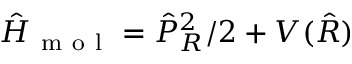
\hat { H } _ { \mathrm { ~ m ~ o ~ l ~ } } = \hat { P } _ { R } ^ { 2 } / 2 + V ( \hat { R } )